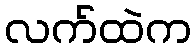
လက်ထဲက